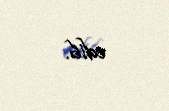
edib.